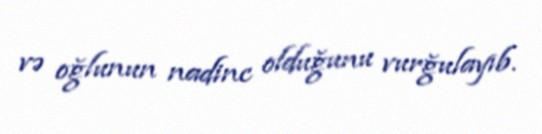
və oğlunun nadinc olduğunu vurğulayıb.